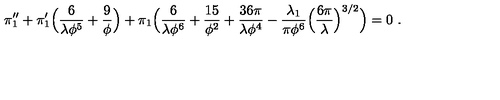
\pi _ { 1 } ^ { \prime \prime } + \pi _ { 1 } ^ { \prime } \Bigl ( { \frac { 6 } { \lambda \phi ^ { 5 } } } + { \frac { 9 } { \phi } } \Bigr ) + \pi _ { 1 } \Bigl ( { \frac { 6 } { \lambda \phi ^ { 6 } } } + { \frac { 1 5 } { \phi ^ { 2 } } } + { \frac { 3 6 \pi } { \lambda \phi ^ { 4 } } } - { \frac { \lambda _ { 1 } } { \pi \phi ^ { 6 } } } \Bigl ( { \frac { 6 \pi } { \lambda } } \Bigr ) ^ { 3 / 2 } \Bigr ) = 0 \ .